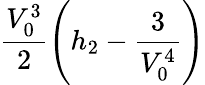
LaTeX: \frac{V_{0}^{3}}{2}\left(h_{2}-\frac{3}{V_{0}^{4}}\right)